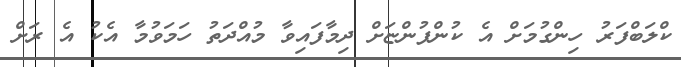
ކްލަބްފަރު ހިންގުމަށް އެ ކުންފުންޏަށް ދިމާފައިވާ މުއްދަތު ހަމަވުމާ އެކު އެ ރަށް